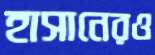
হাসানেরও